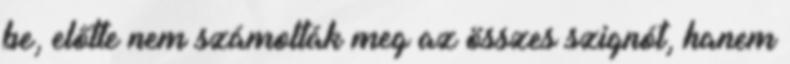
be, előtte nem számolták meg az összes szignót, hanem